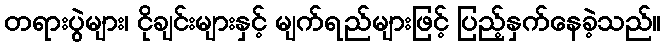
တရားပွဲများ၊ ငိုချင်းများနှင့် မျက်ရည်များဖြင့် ပြည့်နှက်နေခဲ့သည်။